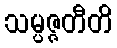
သမ္ပဇ္ဇတီတိ